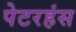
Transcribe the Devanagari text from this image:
पेटरहंस